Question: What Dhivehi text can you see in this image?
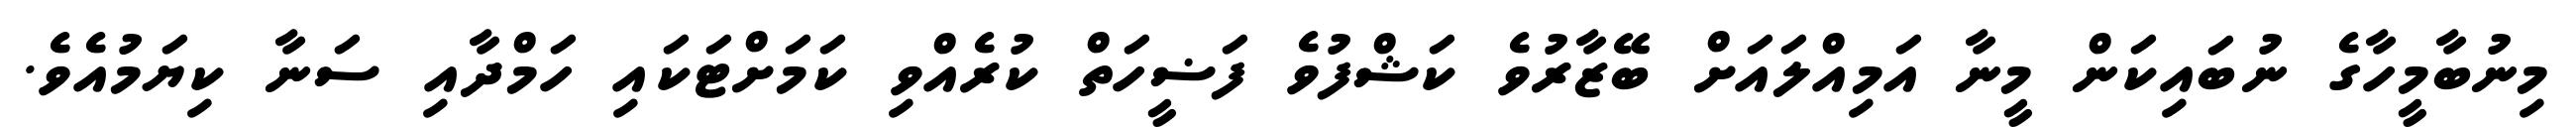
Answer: މިނުބާމީހާގެ ނުބައިކަން މީނާ އަމިއްލައަށް ބޭޒާރުވެ ކަޝްފުވެ ފަޟީހަތް ކުރެއްވި ކަމަށްޓަކައި ހަމްދާއި ސަނާ ކިޔަމުއެވެ.